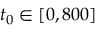
t _ { 0 } \in [ 0 , 8 0 0 ]